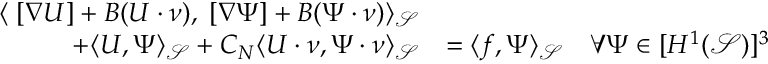
\begin{array} { r l r } { \langle \operatorname { \Pi } [ \nabla \boldsymbol { U } ] + \boldsymbol { B } ( \boldsymbol { U } \cdot \boldsymbol { \nu } ) , \operatorname { \Pi } [ \nabla \boldsymbol { \Psi } ] + \boldsymbol { B } ( \boldsymbol { \Psi } \cdot \boldsymbol { \nu } ) \rangle _ { \mathcal { S } } } & { } \\ { + \langle \boldsymbol { U } , \boldsymbol { \Psi } \rangle _ { \mathcal { S } } + C _ { N } \langle \boldsymbol { U } \cdot \boldsymbol { \nu } , \boldsymbol { \Psi } \cdot \boldsymbol { \nu } \rangle _ { \mathcal { S } } } & { = \langle \boldsymbol { f } , \boldsymbol { \Psi } \rangle _ { \mathcal { S } } } & { \forall \boldsymbol { \Psi } \in [ H ^ { 1 } ( \mathcal { S } ) ] ^ { 3 } } \end{array}